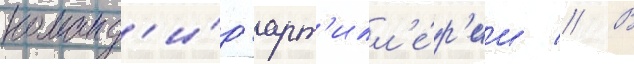
команд'и́р арт'илл'е́р'ии // В